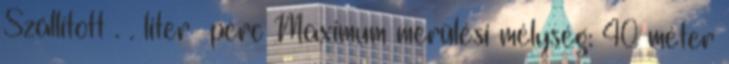
Szállított . . liter perc Maximum merülési mélység: 40 méter